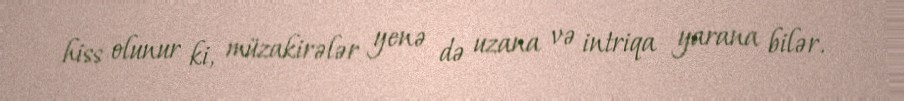
hiss olunur ki, müzakirələr yenə də uzana və intriqa yarana bilər.